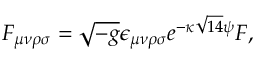
{ F _ { \mu \nu \rho \sigma } = \sqrt { - g } \epsilon _ { \mu \nu \rho \sigma } e ^ { - \kappa \sqrt { 1 4 } \psi } F , }